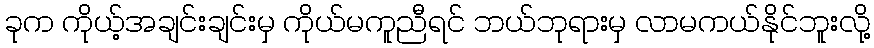
ခုက ကိုယ့်အချင်းချင်းမှ ကိုယ်မကူညီရင် ဘယ်ဘုရားမှ လာမကယ်နိုင်ဘူးလို့